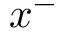
x ^ { - }